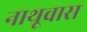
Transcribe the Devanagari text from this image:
नाथूवास